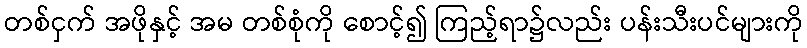
တစ်ငှက် အဖိုနှင့် အမ တစ်စုံကို စောင့်၍ ကြည့်ရာ၌လည်း ပန်းသီးပင်များကို